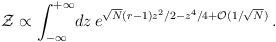
\begin{align*}{\cal Z}\propto \int_{-\infty}^{+\infty}\! dz\,e^{\sqrt{N} (r-1) z^{2}/2 - z^{4}/4 + {\cal O}(1/\sqrt{N})}\, .\end{align*}